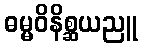
ဓမ္မဝိနိစ္ဆယညူ